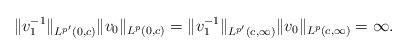
LaTeX: \begin{align*}\|v_1^{-1}\|_{{L^{p'}(0,c)}}\|v_0\|_{{L^p}(0,c)} = \|v_1^{-1}\|_{L^{p'}(c,\infty)}\|v_0\|_{L^p(c,\infty)} = \infty.\end{align*}